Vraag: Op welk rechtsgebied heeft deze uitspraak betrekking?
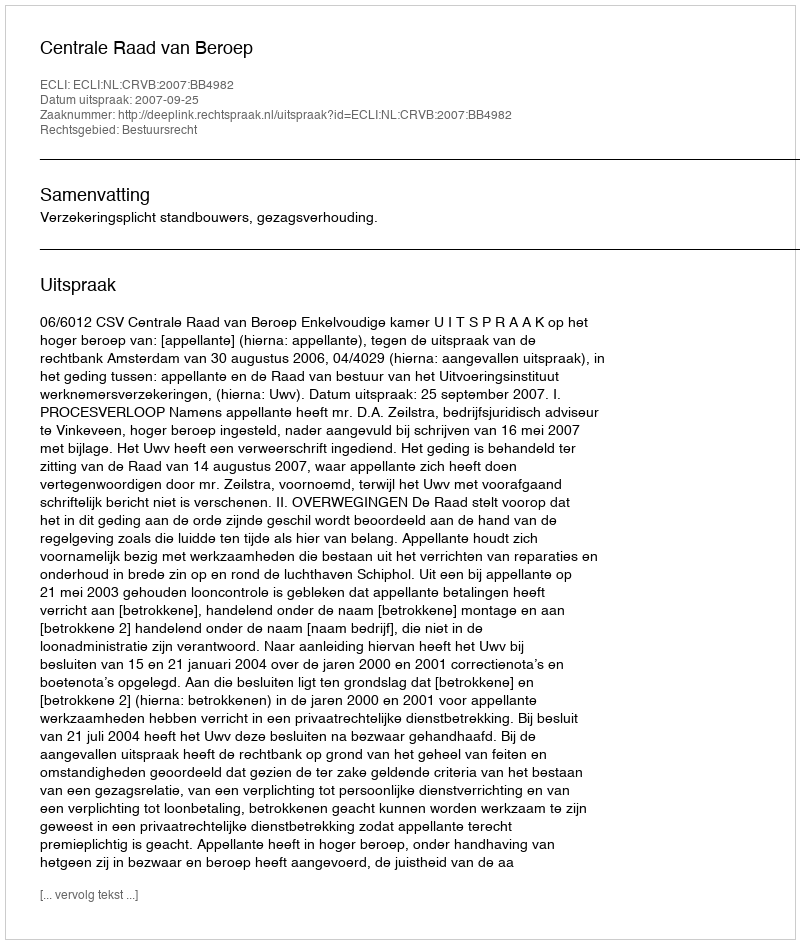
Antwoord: Bestuursrecht